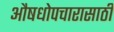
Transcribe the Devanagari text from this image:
औषधोपचारासाठी